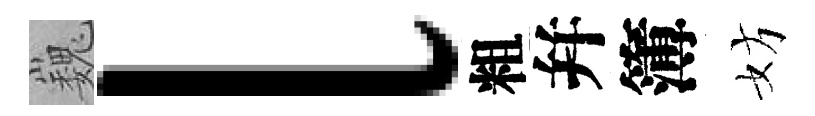
巍l粗幷簿妨